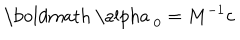
LaTeX: \mathrm { \boldmath ~ \ a l p h a ~ } _ { 0 } = M ^ { - 1 } { \bf c }